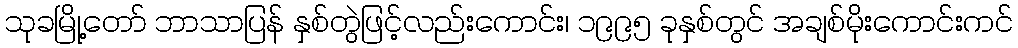
သုခမြို့တော် ဘာသာပြန် နှစ်တွဲဖြင့်လည်းကောင်း၊ ၁၉၉၅ ခုနှစ်တွင် အချစ်မိုးကောင်းကင်